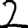
Digit: 2